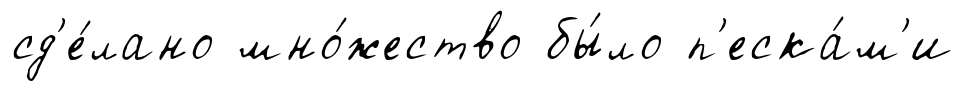
сд'е́лано мно́жество бы́ло п'еска́м'и